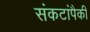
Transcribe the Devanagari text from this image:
संकटांपैकी